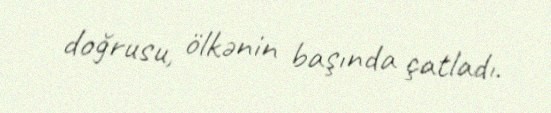
doğrusu, ölkənin başında çatladı.